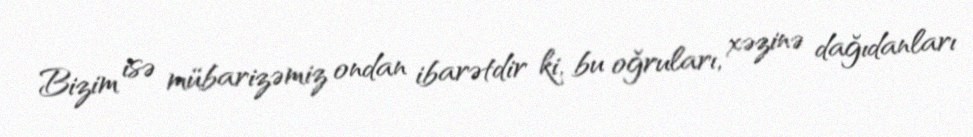
Bizim isə mübarizəmiz ondan ibarətdir ki, bu oğruları, xəzinə dağıdanları